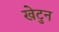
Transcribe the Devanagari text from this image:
खेटुन